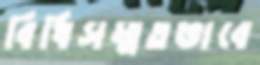
বিধিসম্মতভাবে